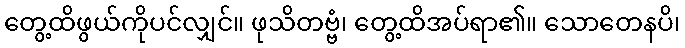
တွေ့ထိဖွယ်ကိုပင်လျှင်။ ဖုသိတဗ္ဗံ၊ တွေ့ထိအပ်ရာ၏။ သောတေနပိ၊